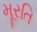
મૂરતિ